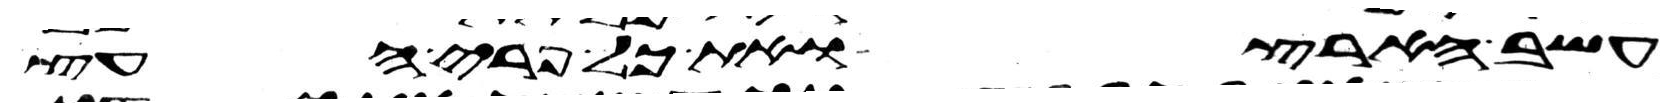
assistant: עשב הארץ ואת כל פרי העץ